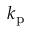
k _ { \mathrm { p } }